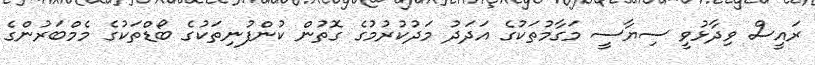
ރައީސް ވިދާޅުވީ ސިޔާސީ މަގާމުތަކުގެ އަދަދު މަދުކުރުމުގެ ގޮތުން ކުންފުނިތަކުގެ ބޯޑްތަކުގެ މެމްބަރުންގެ